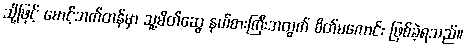
သို့ဖြင့် မောင့်ဘက်တန်မှာ သူ့မိတ်ဆွေ နယ်စားကြီးအတွက် စိတ်မကောင်း ဖြစ်ခဲ့ရသည်။